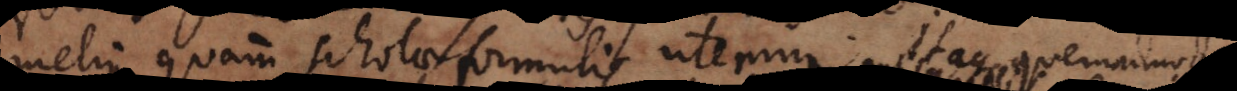
melius quam scholae formulis utemur. Itaque quemad